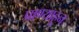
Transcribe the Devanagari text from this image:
प्राण्याहून